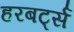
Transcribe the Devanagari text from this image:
हरबर्ट्स